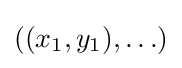
((x_{1},y_{1}),\ldots )